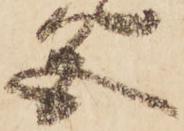
色